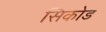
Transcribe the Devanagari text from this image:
सिकोड